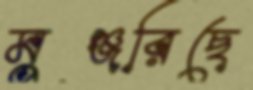
মুঞ্জরিছে